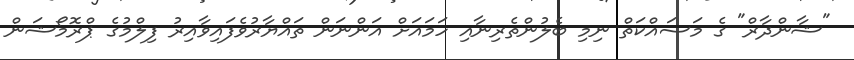
"ޝާންދާރް" ގެ މަސައްކަތް ނިމި ބެލުންތެރިނާއި ހަމައަށް އަންނަން ތައްޔާރުވެފައިވާއިރު ފިލްމުގެ ޕްރޮމޯޝަން